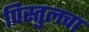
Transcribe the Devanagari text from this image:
पिस्तुलचा